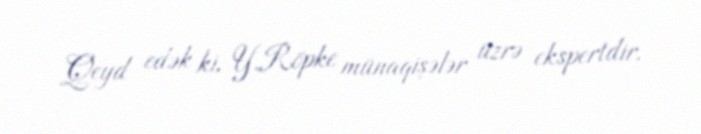
Qeyd edək ki, Y.Röpke münaqişələr üzrə ekspertdir.